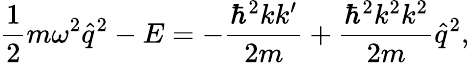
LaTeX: \frac{1}{2}m\omega^{2}\hat{q}^{2}-E=-\frac{\hbar^{2}kk^{\prime}}{2m}+\frac{\hbar^{2}k^{2}k^{2}}{2m}\hat{q}^{2},